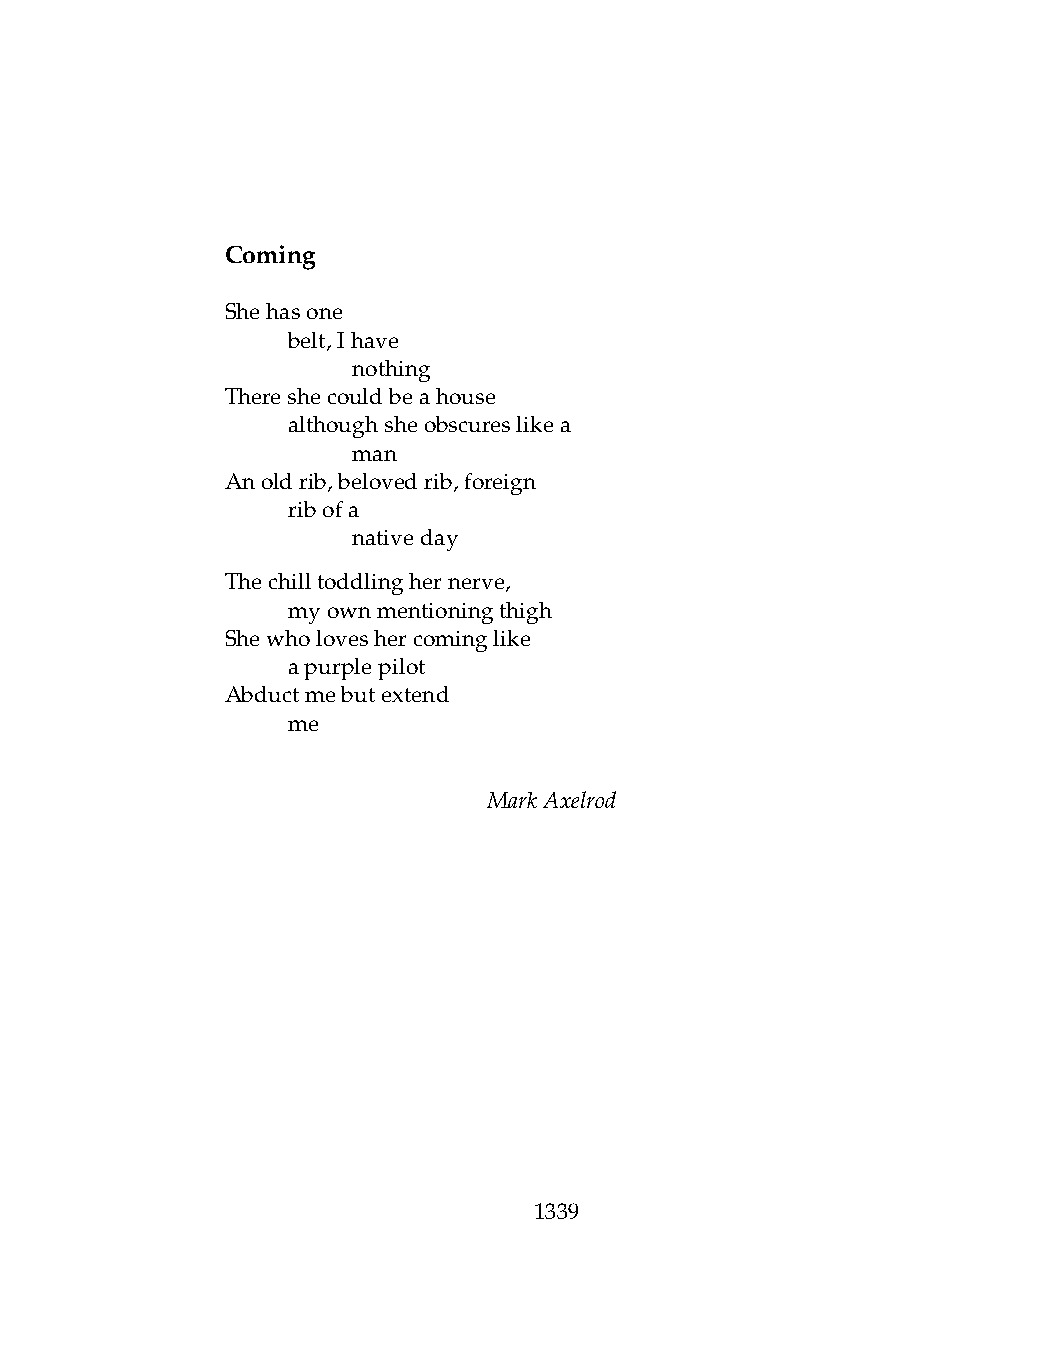
Coming
 Shehasone
 .   belt,Ihave
 .   .   nothing
 Thereshecouldbeahouse
 .   althoughsheobscureslikea
 .   .   man
 Anoldrib,belovedrib,foreign
 .   ribofa
 .   .   nativeday
 Thechilltoddlinghernerve,
 .   myownmentioningthigh
 Shewholoveshercominglike
 .   apurplepilot
 Abductmebutextend
 .   me
 MarkAxelrod
 1339